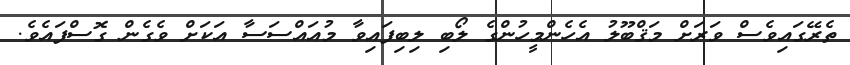
ތެރޭގައިވެސް ވަރަށް މަޤްބޫލު އެހެންމީހުންގެ ލޯބި ލިބިފައިވާ މުއައްސަސާ އަކަށް ވެގެން ގޮސްފައެވެ.